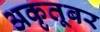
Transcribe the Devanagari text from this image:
अकृतूबर